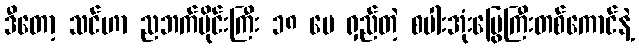
ဒီတော့ သင်ဟာ ညဘက်ပိုင်းကြီး ၁၈ ပေ ရှည်တဲ့ စပါးအုံးမြွေကြီးတစ်ကောင်နဲ့